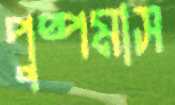
পুষ্পমাস